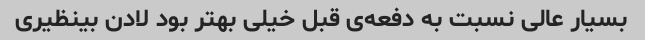
بسیار عالی نسبت به دفعه‌ی قبل خیلی بهتر بود لادن بینظیری